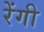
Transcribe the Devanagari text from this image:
रेंगी